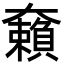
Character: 𡚚